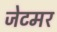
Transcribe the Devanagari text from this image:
जेटमर